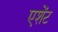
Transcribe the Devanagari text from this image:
एशेंट